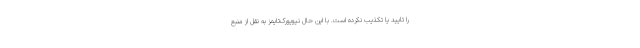
را تایید یا تکذیب نکرده است. با این حال نیویورک‌تایمز به نقل از منبع